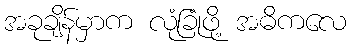
အခုချိန်မှာက လုံခြုံဖို့ အဓိကလေ